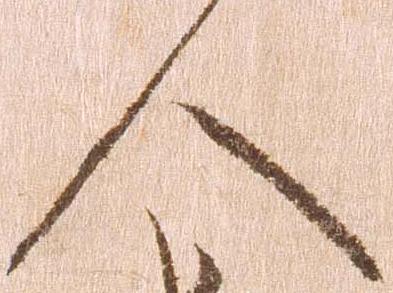
人